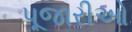
પૂજારીઓ